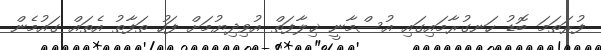
ފުރަތަމަ ބޮޑު ހަނގުރާމައިގައި އުސްމާނީ ޚިލާފަތް އުވިދިޔުމަށް ފަހު ތަފާތު އެތައް ގައުމެން